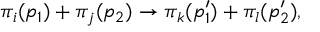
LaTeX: \pi _ { i } ( p _ { 1 } ) + \pi _ { j } ( p _ { 2 } ) \rightarrow \pi _ { k } ( p _ { 1 } ^ { \prime } ) + \pi _ { l } ( p _ { 2 } ^ { \prime } ) ,